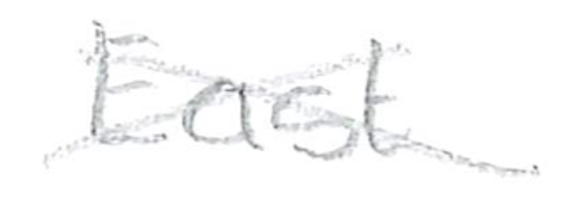
Text: East
Cross-out: cross
Writing tool: pencil